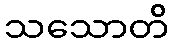
သသောတိ